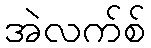
အဲလက်စ်